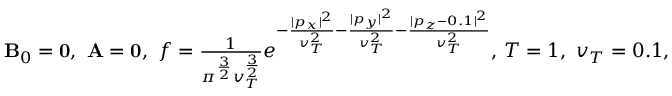
\begin{array} { r } { { \mathbf B } _ { 0 } = { \mathbf 0 } , \ { \mathbf A } = { \mathbf 0 } , \ f = \frac { 1 } { \pi ^ { \frac { 3 } { 2 } } v _ { T } ^ { \frac { 3 } { 2 } } } e ^ { - \frac { | p _ { x } | ^ { 2 } } { v _ { T } ^ { 2 } } - \frac { | p _ { y } | ^ { 2 } } { v _ { T } ^ { 2 } } - \frac { | p _ { z } - 0 . 1 | ^ { 2 } } { v _ { T } ^ { 2 } } } , \, T = 1 , \ v _ { T } = 0 . 1 , } \end{array}